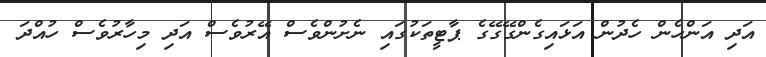
އަދި އަންހެން ހެދުން އަޅައިގެންގޭގޭގެ ޕާޓީތަކުގައި ނެށުންވެސް އޭރުވެސް އަދި މިހާރުވެސް ހުއްދަ